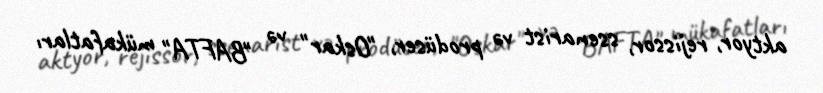
aktyor, rejissor, ssenarist və prodüser, "Oskar" və "BAFTA" mükafatları